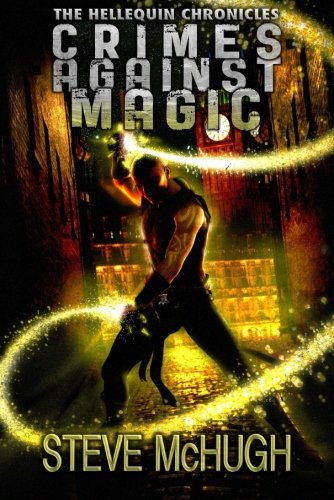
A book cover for Crimes Against Magic (The Hellequin Chronicles); Steve McHugh; Science Fiction & Fantasy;